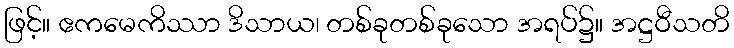
ဖြင့်။ ဧကမေကိဿာ ဒိသာယ၊ တစ်ခုတစ်ခုသော အရပ်၌။ အဋ္ဌဝီသတိ